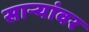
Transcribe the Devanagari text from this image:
साऱ्यांवर